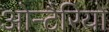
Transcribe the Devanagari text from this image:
ओन्टैरियो